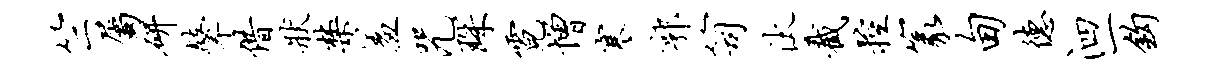
竺属研鼙借状禁羞咒琛霓增寒郭笥汰截控篆甸德泗一钩